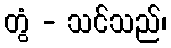
တွံ - သင်သည်၊